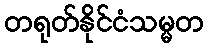
တရုတ်နိုင်ငံသမ္မတ